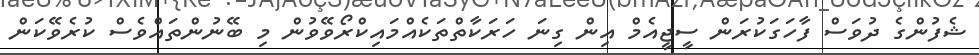
ޝެފުންގެ ދުވަސް ފާހަގަކުރަން ސީޖީއެމް އިން ގިނަ ހަރަކާތްތަކެއްމައިކްރޯވޭވުން މި ބޭނުންތައްވެސް ކުރެވޭކަން